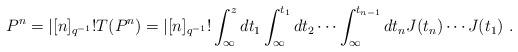
LaTeX: \begin{align*}P^n=|[n]_{q^{-1}}!T(P^n)=|[n]_{q^{-1}}!\int_\infty^zdt_1\int_\infty^{t_1}dt_2\cdots\int_\infty^{t_{n-1}}dt_nJ(t_n)\cdots J(t_1)~.\end{align*}